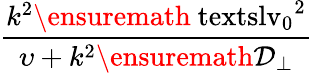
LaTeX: \displaystyle\frac{k^{2}\ensuremath{\mathrm{\ textsl{v}}_{0}}^{2}}{\upsilon+k^{2}\ensuremath{\mathcal{D}_{\perp}}}